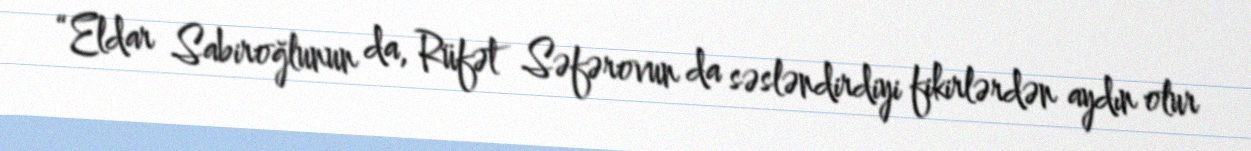
“Eldar Sabiroğlunun da, Rüfət Səfərovun da səsləndirdiyi fikirlərdən aydın olur